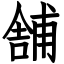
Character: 舗